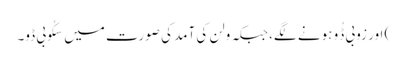
) اور زوبی ڈُو ہونے لگے، جبکہ ولن کی آمد کی صورت میں سکُوبی ڈو۔